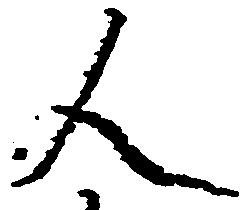
人